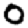
Digit: 0